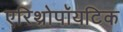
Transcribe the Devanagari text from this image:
एरिथ्रोपॉयटिक